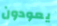
يعودون